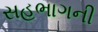
સહભાગની